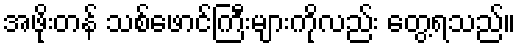
အဖိုးတန် သစ်ဖောင်ကြီးများကိုလည်း တွေ့ရသည်။